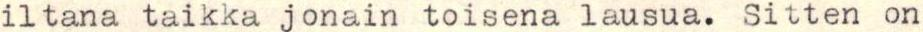
iltana taikka jonain toisena lausua. Sitten on